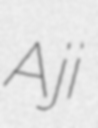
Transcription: Aji